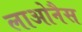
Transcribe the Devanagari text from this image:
लाओनैस